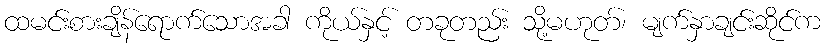
ထမင်းစားချိန်ရောက်သောအခါ ကိုယ်နှင့် တခုတည်း သို့မဟုတ်၊ မျက်နှာချင်းဆိုင်က